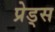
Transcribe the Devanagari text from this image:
प्रेड्स